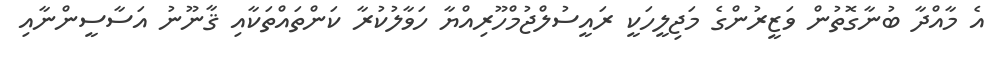
އެ މާއްދާ ބުނާގޮތުން ވަޒީރުންގެ މަޖިލީހަކީ ރައީސުލްޖުމްހޫރިއްޔާ ހަވާލުކުރާ ކަންތައްތަކާއި ޤާނޫނު އަސާސީންނާއި